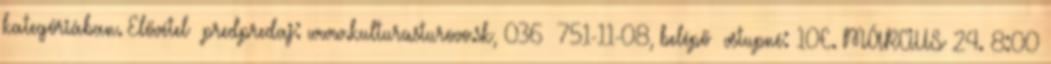
kategóriában. Elővétel predpredaj: www.kulturasturovo.sk, 036 751-11-08, belépő vstupné: 10€. MÁRCIUS 24. 8:00